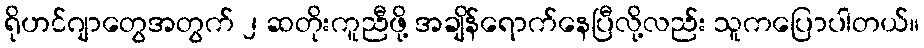
ရိုဟင်ဂျာတွေအတွက် ၂ ဆတိုးကူညီဖို့ အချိန်ရောက်နေပြီလို့လည်း သူကပြောပါတယ်။